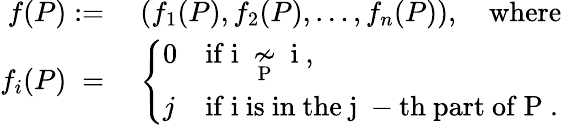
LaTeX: \begin{array}{rl}{f(P):=\; }&{(f_{1}(P),f_{2}(P),\ldots,f_{n}(P)),\quad\mathrm{where}}\\ {f_{i}(P)\; =\; }&{\left\{ \begin{array}{ll}{0}&{\mathrm{if~i~\underset{P}{\not\sim}~i~},}\\ {j}&{\mathrm{if~i~is~in~the~j~-th~part~of~P~.}}\end{array}\right.}\end{array}